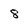
Character: 8